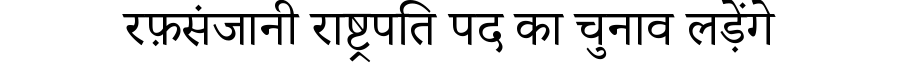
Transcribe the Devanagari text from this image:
रफ़संजानी राष्ट्रपति पद का चुनाव लड़ेंगे